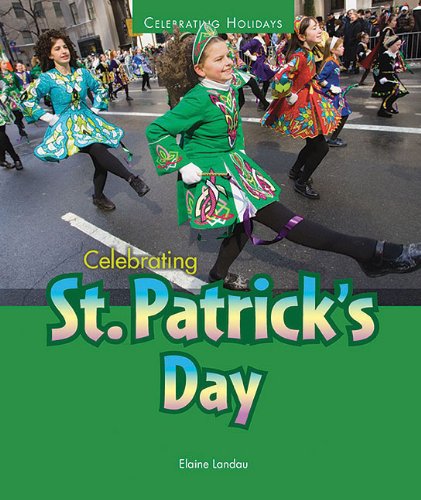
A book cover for Celebrating St. Patrick's Day (Celebrating Holidays); Elaine Landau; Children's Books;